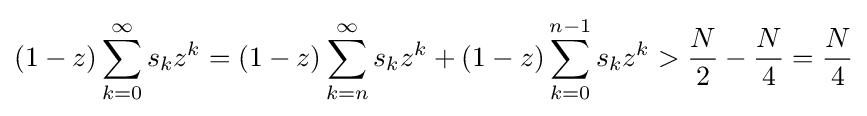
(1-z)\sum _{k=0}^{\infty }s_{k}z^{k}=(1-z)\sum _{k=n}^{\infty }s_{k}z^{k}+(1-z)\sum _{k=0}^{n-1}s_{k}z^{k}>{\frac {N}{2}}-{\frac {N}{4}}={\frac {N}{4}}